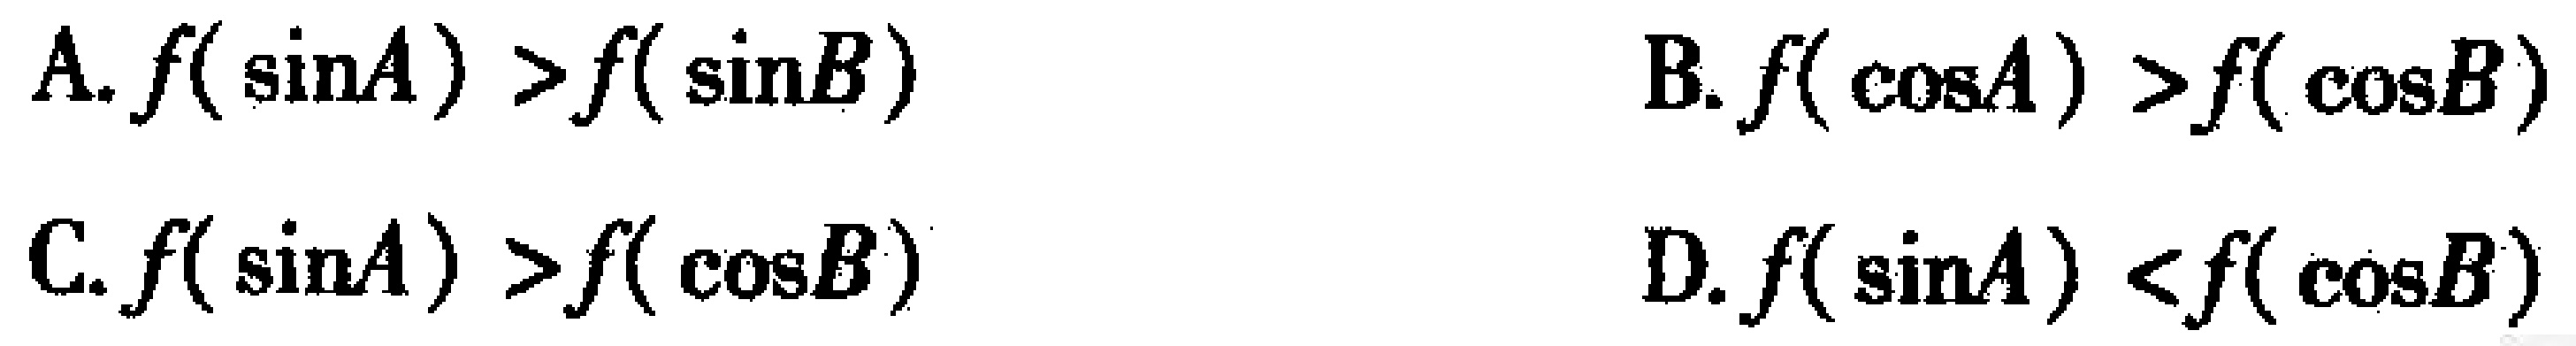
A. \(f(\sin A)>f(\sin B)\)  B. \(f(\cos A)>f(\cos B)\)
C. \(f(\sin A)>f(\cos B)\)  D. \(f(\sin A)<f(\cos B)\)